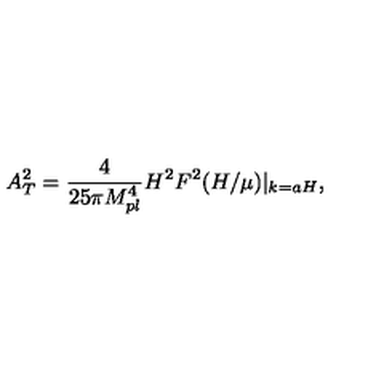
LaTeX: A _ { T } ^ { 2 } = \frac { 4 } { 2 5 \pi M _ { p l } ^ { 4 } } H ^ { 2 } F ^ { 2 } ( H / \mu ) | _ { k = a H } ,